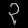
Digit: ၃